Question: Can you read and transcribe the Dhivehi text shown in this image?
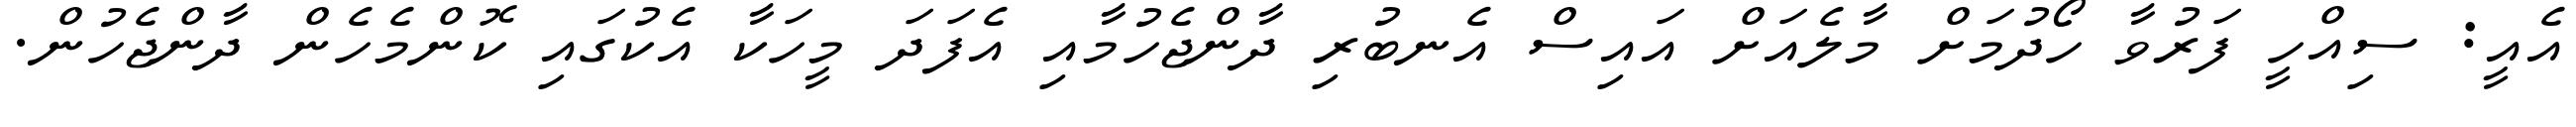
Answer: އެއީ: ސިއްހީ ފަރުވާ ހޯދުމަށް މާލެއަށް އައިސް އެނބުރި ދާންޖެހުމާއި އެފަދަ މީހަކާ އެކުގައި ކޮންމެހެން ދާންޖެހުން.